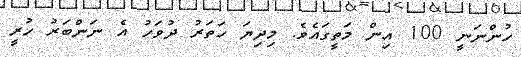
ހުންނަނީ 100 އިން މަތީގައެވެ. މިދިޔަ ހަތަރު ދުވަހު އެ ނަންބަރު ހުރީ